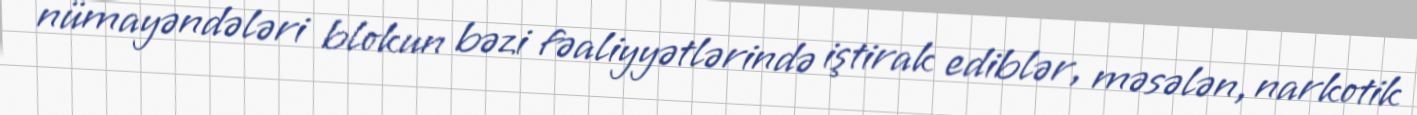
nümayəndələri blokun bəzi fəaliyyətlərində iştirak ediblər, məsələn, narkotik